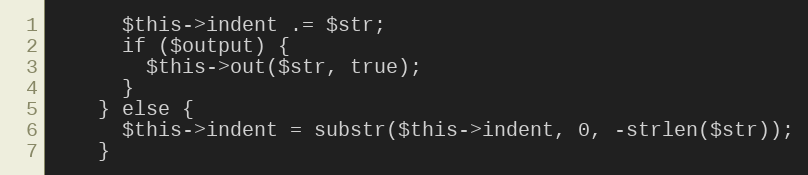
Language: PHP
      $this->indent .= $str;
      if ($output) {
        $this->out($str, true);
      }
    } else {
      $this->indent = substr($this->indent, 0, -strlen($str));
    }